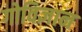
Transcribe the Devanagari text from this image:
गोविज्ञान